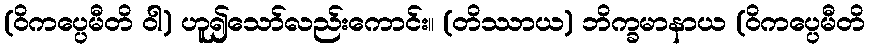
(ဝိကပ္ပေမီတိ ဝါ) ဟူ၍သော်လည်းကောင်း။ (တိဿာယ) ဘိက္ခမာနာယ (ဝိကပ္ပေမီတိ